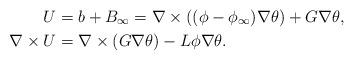
LaTeX: \begin{align*}U&=b+B_{\infty}=\nabla \times ((\phi-\phi_{\infty})\nabla \theta) +G\nabla \theta,\\\nabla \times U&=\nabla \times (G\nabla \theta)-L\phi \nabla \theta.\end{align*}